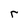
Character: r